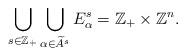
LaTeX: \begin{align*}\bigcup\limits_{s \in \mathbb{Z}_{+}}\bigcup\limits_{\alpha \in \widetilde{A}^{s}}E^{s}_{\alpha}=\mathbb{Z}_{+}\times \mathbb{Z}^{n}.\end{align*}